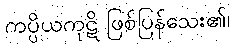
ကပ္ပိယကုဋိ ဖြစ်ပြန်သေး၏၊